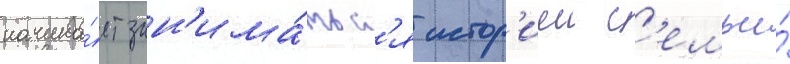
начина́ет зан'има́тьс'я истор'иеи с'емьи́